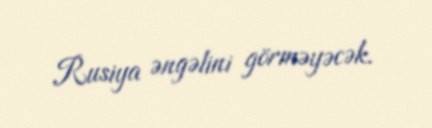
Rusiya əngəlini görməyəcək.